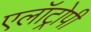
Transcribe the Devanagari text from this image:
एलॉट्रोपी